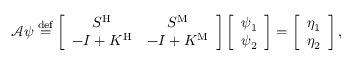
\begin{array} { r } { \mathcal { A } \psi \overset { \mathrm { d e f } } { = } \left[ \begin{array} { c c } { S ^ { \mathrm { H } } } & { S ^ { \mathrm { M } } } \\ { - I + K ^ { \mathrm { H } } } & { - I + K ^ { \mathrm { M } } } \end{array} \right] \left[ \begin{array} { c } { \psi _ { 1 } } \\ { \psi _ { 2 } } \end{array} \right] = \left[ \begin{array} { c } { \eta _ { 1 } } \\ { \eta _ { 2 } } \end{array} \right] , } \end{array}